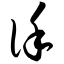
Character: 谨